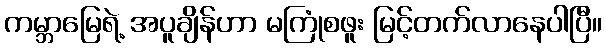
ကမ္ဘာမြေရဲ့ အပူချိန်ဟာ မကြုံစဖူး မြင့်တက်လာနေပါပြီ။